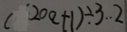
( 2 0 a + 1 ) \div 3 \cdot 2